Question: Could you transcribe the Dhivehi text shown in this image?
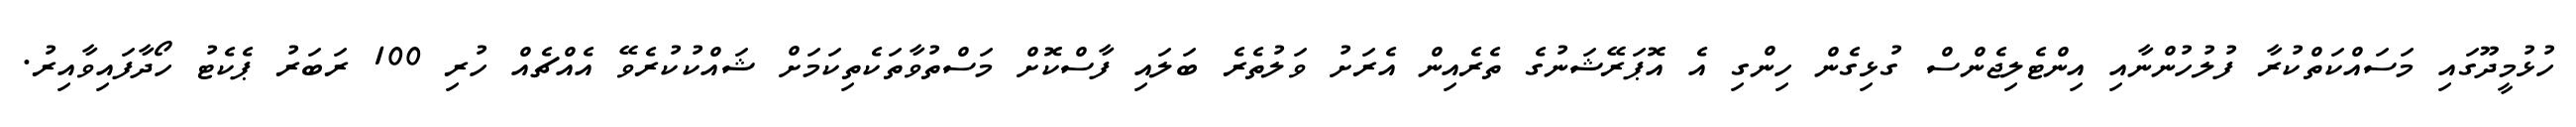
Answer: ހުޅުމީދޫގައި މަސައްކަތްކުރާ ފުލުހުންނާއި އިންޓެލިޖެންސް ގުޅިގެން ހިންގި އެ އޮޕަރޭޝަނުގެ ތެރެއިން އެރަށު ވަލުތެރެ ބަލައި ފާސްކޮށް މަސްތުވާތަކެތިކަމަށް ޝައްކުކުރެވޭ އެއްޗެއް ހުރި 100 ރަބަރު ޕެކެޓު ހޯދާފައިވާއިރު.